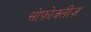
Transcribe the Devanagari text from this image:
सोफ़ोक्लीज़